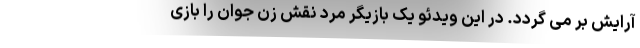
آرایش بر می گردد. در این ویدئو یک بازیگر مرد نقش زن جوان را بازی